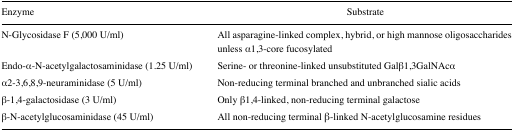
<table><thead><tr><td><b>Enzyme</b></td><td><b>Substrate</b></td></tr></thead><tbody><tr><td>N-Glycosidase F (5,000 U/ml)</td><td>All asparagine-linked complex, hybrid, or high mannose oligosaccharides unless α1,3-core fucosylated</td></tr><tr><td>Endo-α-N-acetylgalactosaminidase (1.25 U/ml)</td><td>Serine- or threonine-linked unsubstituted Galβ1,3GalNAcα</td></tr><tr><td>α2–3,6,8,9-neuraminidase (5 U/ml)</td><td>Non-reducing terminal branched and unbranched sialic acids</td></tr><tr><td>β-1,4-galactosidase (3 U/ml)</td><td>Only β1,4-linked, non-reducing terminal galactose</td></tr><tr><td>β-N-acetylglucosaminidase (45 U/ml)</td><td>All non-reducing terminal β-linked N-acetylglucosamine residues</td></tr></tbody></table>